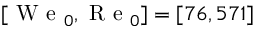
[ \mathrm { ~ W ~ e ~ } _ { 0 } , \mathrm { ~ R ~ e ~ } _ { 0 } ] = [ 7 6 , 5 7 1 ]